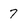
Character: 7